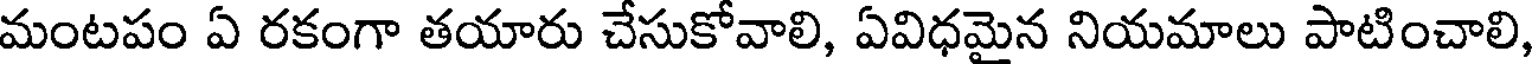
మంటపం ఏ రకంగా తయారు చేసుకోవాలి, ఏవిధమైన నియమాలు పాటించాలి,